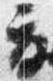
夏